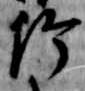
給